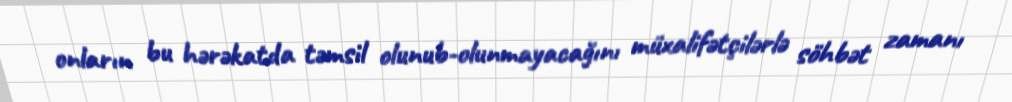
onların bu hərəkatda təmsil olunub-olunmayacağını müxalifətçilərlə söhbət zamanı